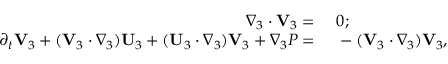
\begin{array} { r l } { \nabla _ { 3 } \cdot \mathbf { V } _ { 3 } = ~ } & { { } 0 ; } \\ { \partial _ { t } \mathbf { V } _ { 3 } + ( \mathbf { V } _ { 3 } \cdot \nabla _ { 3 } ) \mathbf { U } _ { 3 } + ( \mathbf { U } _ { 3 } \cdot \nabla _ { 3 } ) \mathbf { V } _ { 3 } + \nabla _ { 3 } P = ~ } & { { } - ( \mathbf { V } _ { 3 } \cdot \nabla _ { 3 } ) \mathbf { V } _ { 3 } , } \end{array}